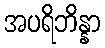
အပရိဘိန္နာ